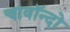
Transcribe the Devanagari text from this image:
चावॉन्दो